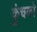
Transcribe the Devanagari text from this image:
कुंचको